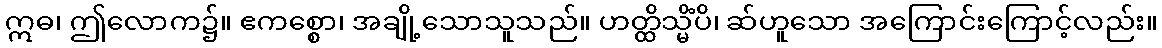
ဣဓ၊ ဤလောက၌။ ဧကစ္စော၊ အချို့သောသူသည်။ ဟတ္ထိသ္မိံပိ၊ ဆ်ဟူသော အကြောင်းကြောင့်လည်း။